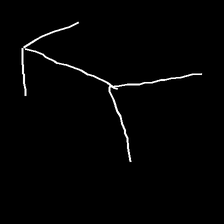
Glyph: gather